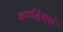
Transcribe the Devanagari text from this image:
वर्णद्वेषचं